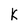
Character: K